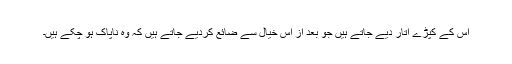
اس کے کپڑے اتار دیے جاتے ہیں جو بعد از اس خیال سے ضائع کردیے جاتے ہیں کہ وہ ناپاک ہو چکے ہیں۔